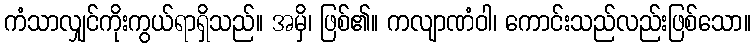
ကံသာလျှင်ကိုးကွယ်ရာရှိသည်။ အမှိ၊ ဖြစ်၏။ ကလျာဏံဝါ၊ ကောင်းသည်လည်းဖြစ်သော။